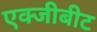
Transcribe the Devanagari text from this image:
एक्जीबीट